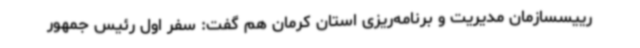
رییسسازمان مدیریت و برنامه‌ریزی استان کرمان هم گفت: سفر اول رئیس جمهور